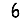
Digit: 6